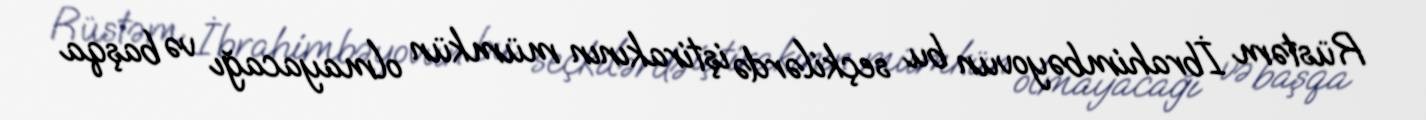
Rüstəm İbrahimbəyovun bu seçkilərdə iştirakının mümkün olmayacağı və başqa